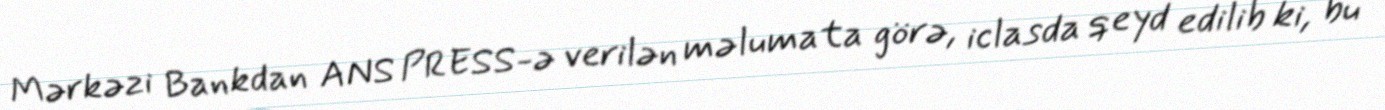
Mərkəzi Bankdan ANS PRESS-ə verilən məlumata görə, iclasda qeyd edilib ki, bu